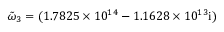
\tilde { \omega } _ { 3 } = ( 1 . 7 8 2 5 \times 1 0 ^ { 1 4 } - 1 . 1 6 2 8 \times 1 0 ^ { 1 3 } \mathrm { { i } ) }